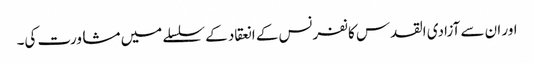
اور ان سے آزادی القدس کانفرنس کے انعقاد کے سلسلے میں مشاورت کی۔